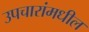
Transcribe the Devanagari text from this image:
उपचारांमधील